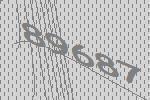
89687